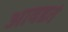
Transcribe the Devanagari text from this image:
आवडतं